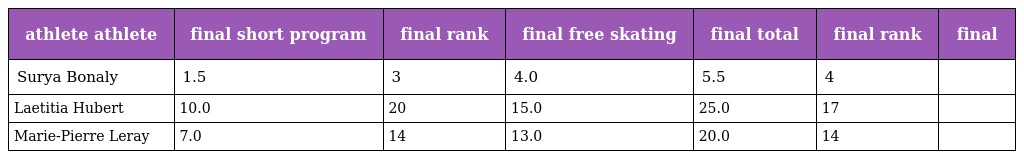
| athlete athlete | final short program | final rank | final free skating | final total | final rank | final |
 | --- | --- | --- | --- | --- | --- | --- |
 | Surya Bonaly | 1.5 | 3 | 4.0 | 5.5 | 4 |  |
 | Laetitia Hubert | 10.0 | 20 | 15.0 | 25.0 | 17 |  |
 | Marie-Pierre Leray | 7.0 | 14 | 13.0 | 20.0 | 14 |  |